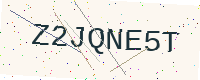
Text: Z2JQNE5T